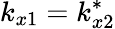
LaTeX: k_{x1}=k_{x2}^{*}